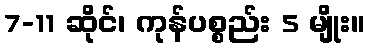
7-11 ဆိုင်၊ ကုန်ပစ္စည်း 5 မျိုး။